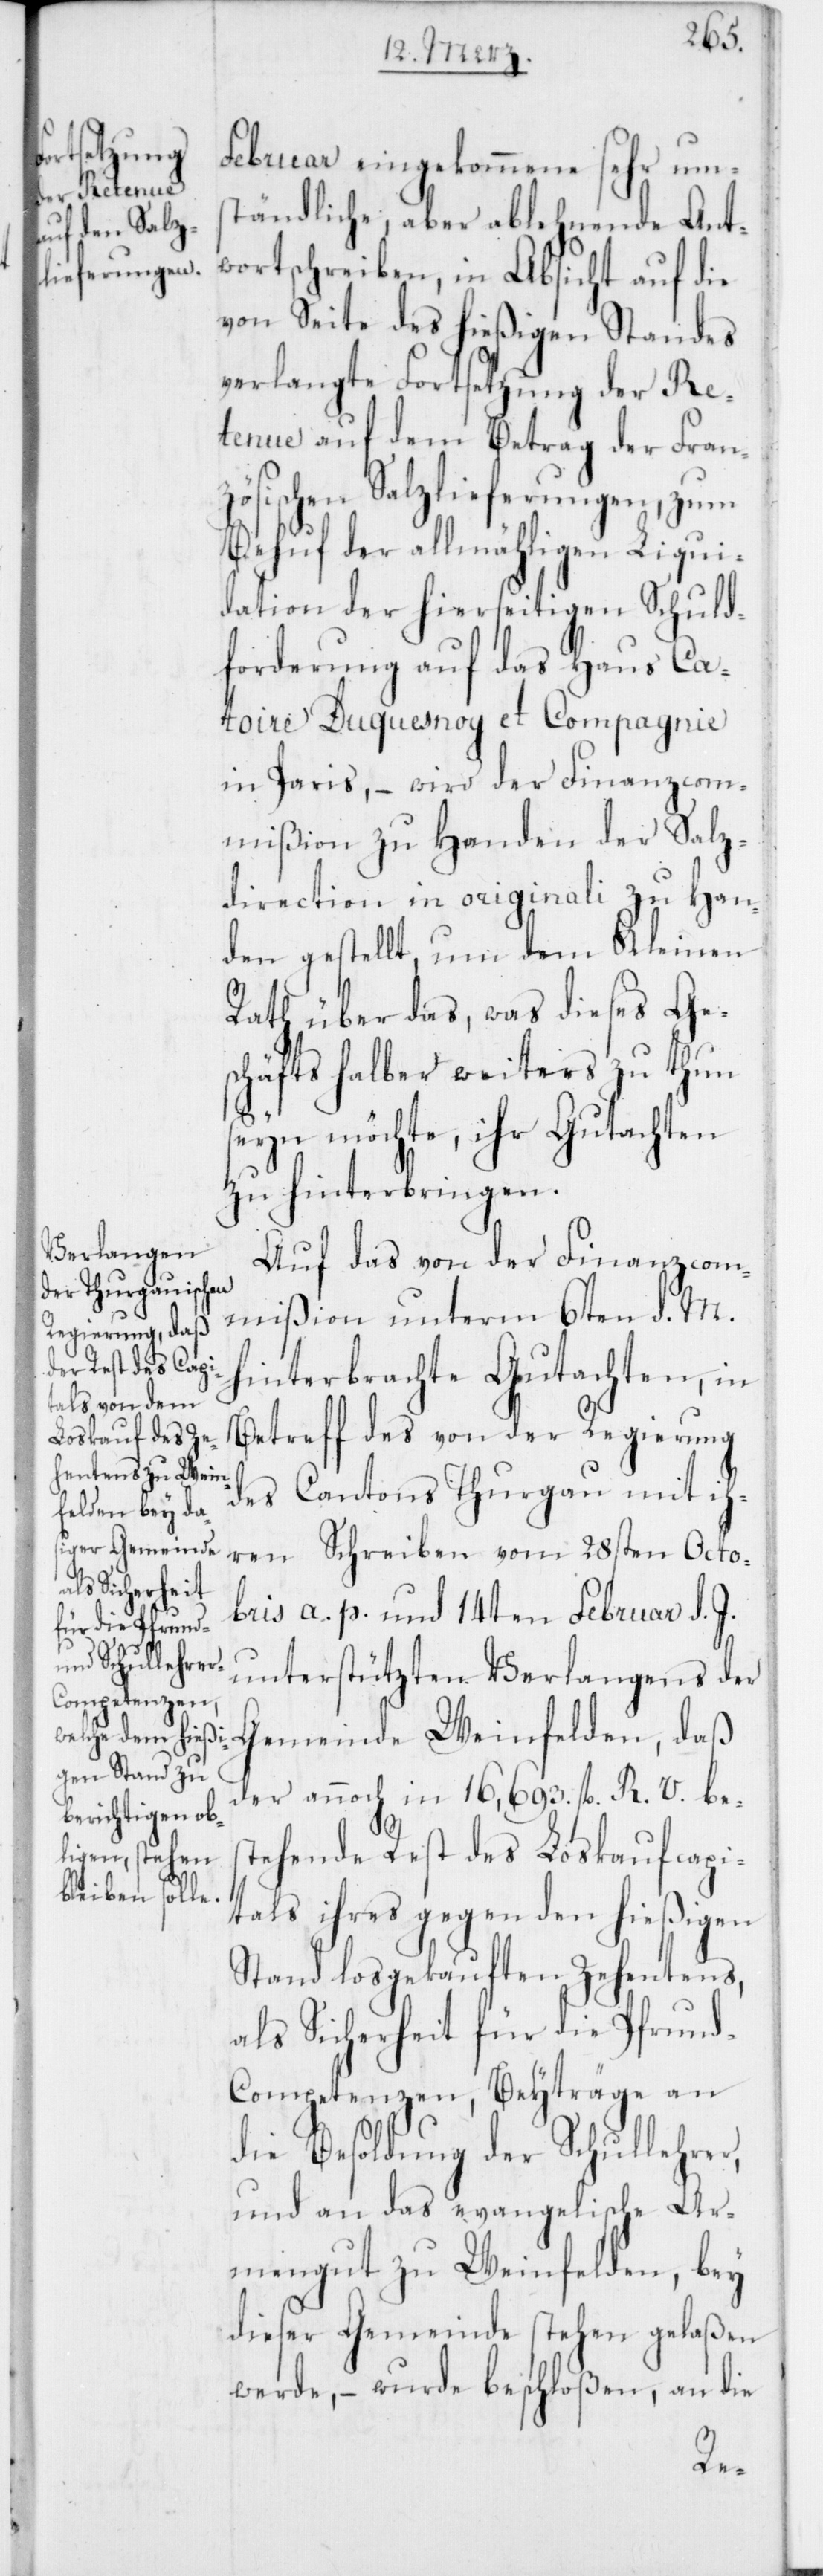
Februar eingekommene sehr um¬
ständliche, aber ablehnende Ant¬
wortschreiben, in Absicht auf die
von Seite des hießigen Standes
verlangte Fortsetzung der Re¬
tenue auf dem Betrag der Fran¬
zösischen Salzlieferungen, zum
Behuf der allmähligen Liqui¬
dation der hierseitigen Schuld¬
forderung auf das Haus Ca¬
toire Duquesnoy et Compagnie
in Paris, – wird der Finanzcom¬
mißion zu Handen der Salz¬
direction in originali zu Han¬
den gestellt, um dem Kleinen
Rath über das, was dieses Ge¬
schäfts halber weiters zu thun
seyn möchte, ihr Gutachten
zu hinterbringen.
Auf das von der Finanzcom¬
mißion unterm 6ten d. M.
hinterbrachte Gutachten, in
Betreff des von der Regierung
des Cantons Thurgau mit ih¬
ren Schreiben vom 28sten Octo¬
bris a. p. und 14ten Februar d. J.
unterstützten Verlangens der
Gemeinde Weinfelden, daß
der annoch in 16,693. fl. R. V. bes¬
tehende Rest des Loskaufscapi¬
tals ihres gegen den hießigen
Stand losgekauften Zehentens,
als Sicherheit für die Pfrund-C¬
ompetenzen, Beyträge an
die Besoldung der Schullehrer,
und an das evangelische Ar¬
mengut zu Weinfelden, bey
dieser Gemeinde stehen gelaßen
werde, – wurde beschloßen, an die